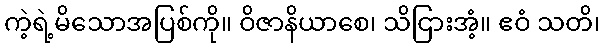
ကဲ့ရဲ့မိသောအပြစ်ကို။ ဝိဇာနိယာစေ၊ သိငြားအံ့။ ဧဝံ သတိ၊